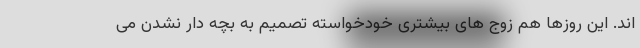
اند. این روزها هم زوج های بیشتری خودخواسته تصمیم به بچه دار نشدن می